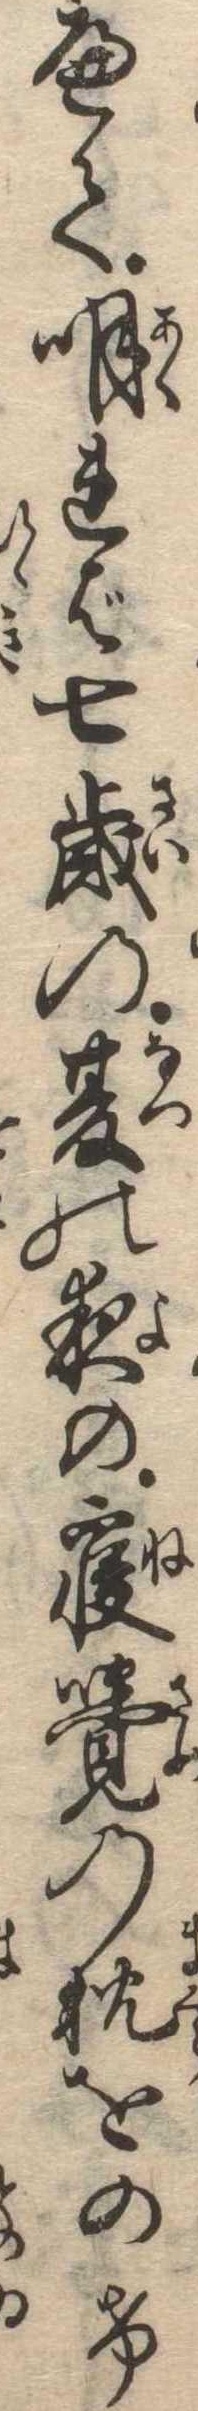
へて明れば七歳の夏の夜の寝覚の枕をのけ